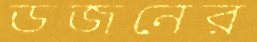
ডজনের